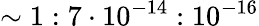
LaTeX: \sim 1:7\cdot 10^{-14}:10^{-16}